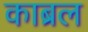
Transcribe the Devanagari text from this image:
काब्रल